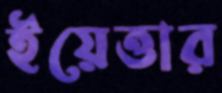
ইয়েত্তার